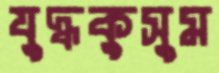
যুদ্ধকুসুম